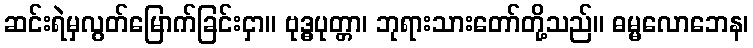
ဆင်းရဲမှလွတ်မြောက်ခြင်းငှာ။ ဗုဒ္ဓပုတ္တာ၊ ဘုရားသားတော်တို့သည်။ ဓမ္မလောဘေန၊